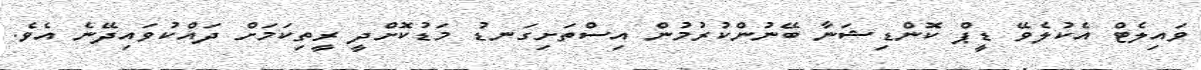
ވައިލެޓް އެކުލެވޭ ޑީޕް ކޮންޑިޝަނާ ބޭނުންކުރުމުން އިސްތަށިގަނޑު މަޑުކޮށްދީ ރީތިކަމަށް ދައްކުވައިދޭނެ އެވެ.